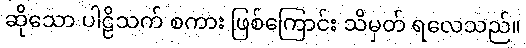
ဆိုသော ပါဠိသက် စကား ဖြစ်ကြောင်း သိမှတ် ရလေသည်။